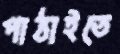
পাঠাইতে